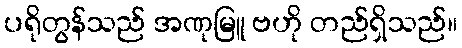
ပရိုတွန်သည် အဏုမြူ ဗဟို တည်ရှိသည်။